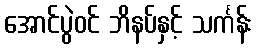
အောင်ပွဲဝင် ဘိနပ်နှင့် သင်္ကန်း